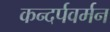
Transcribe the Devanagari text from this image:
कन्दर्पवर्मन